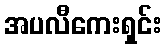
အပလီကေးရှင်း